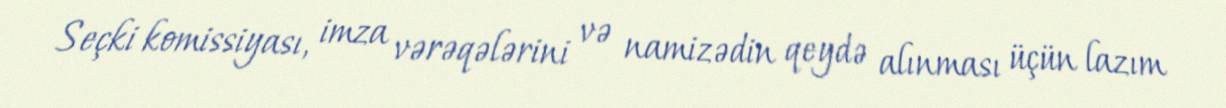
Seçki komissiyası, imza vərəqələrini və namizədin qeydə alınması üçün lazım